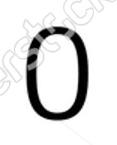
០